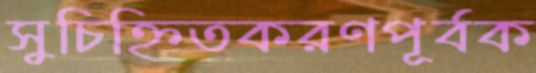
সুচিহ্নিতকরণপূর্বক